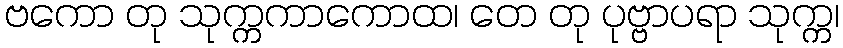
ဗကော တု သုက္ကကာကောထ၊ တေ တု ပုဗ္ဗာပရာ သုက္က၊